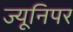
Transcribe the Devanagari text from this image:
ज्यूनिपर